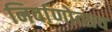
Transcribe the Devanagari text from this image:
निर्वाणोत्सव